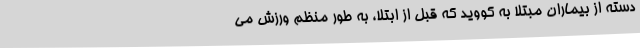
دسته از بیماران مبتلا به کووید که قبل از ابتلا، به طور منظم ورزش می